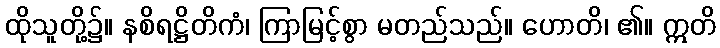
ထိုသူတို့၌။ နစိရဋ္ဌိတိကံ၊ ကြာမြင့်စွာ မတည်သည်။ ဟောတိ၊ ၏။ ဣတိ